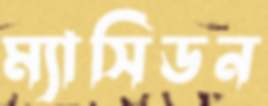
ম্যাসিডন